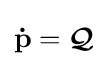
\mathbf {\dot {p}} ={\boldsymbol {\mathcal {Q}}}